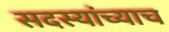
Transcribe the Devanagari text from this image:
सदस्यांच्याच